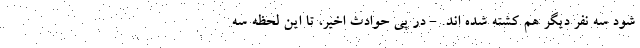
شود سه نفر دیگر هم کشته شده اند. - در پی حوادث اخیر، تا این لحظه سه